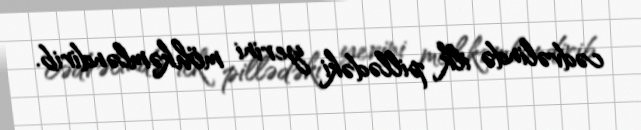
cədvəlində ilk pillədəki yerini möhkəmləndirib.